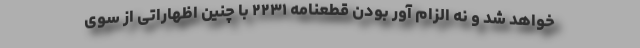
خواهد شد و نه الزام آور بودن قطعنامه ۲۲۳۱ با چنین اظهاراتی از سوی